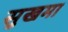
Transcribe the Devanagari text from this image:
सुखमा